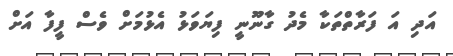
އަދި އަ ފަރާތްތަކާ މެދު ގާނޫނީ ފިޔަވަޅު އެޅުމަށް ވެސް ފީފާ އަށް